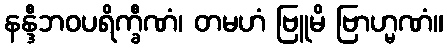
နန္ဒီဘဝပရိက္ခီဏံ၊ တမဟံ ဗြူမိ ဗြာဟ္မဏံ။